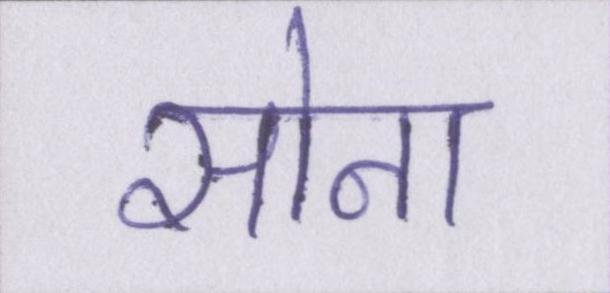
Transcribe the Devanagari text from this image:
सोना